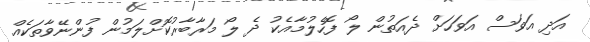
އަދި އަވަސް އަވަހަށް ދެއަތުން ލޯ ފޮހެލުމާއެކު ދެ ލޯ މަރާބާރުކޮށްލަމުން ފުންނޭވާތަކެއް